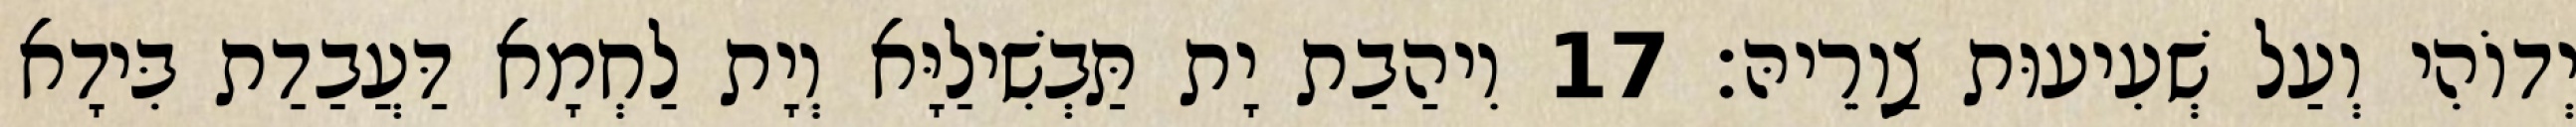
יְדוֹהִי וְעַל שְׁעִיעוּת צַוְרֵיהּ׃ 17 וִיהַבַת יָת תַּבְשִׁילַיָּא וְיָת לַחְמָא דַּעֲבַדַת בִּידָא